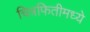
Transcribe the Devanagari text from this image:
चित्रफितीमध्ये